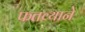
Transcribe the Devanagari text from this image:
फतव्याने